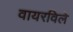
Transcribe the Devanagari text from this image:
वायरविले